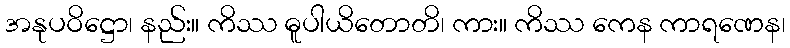
အနုပဝိဋ္ဌော၊ နည်း။ ကိဿ ဓူပါယိတောတိ၊ ကား။ ကိဿ ကေန ကာရဏေန၊